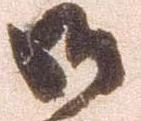
御